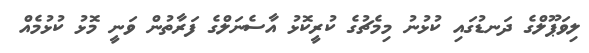
ލިވަޕޫލްގެ ދަނޑުގައި ކުޅުނު މިމެޗުގެ ކުރީކޮޅު އާސެނަލްގެ ފަރާތުން ވަނީ މޮޅު ކުޅުމެއް